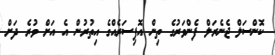
ކޮންސަލް ޖެނެރަލް ފެންވަރުގެ ތިން އޮފިސަރެއްގެ އިތުރުން އެ އަށް ވުރެ ދަށް